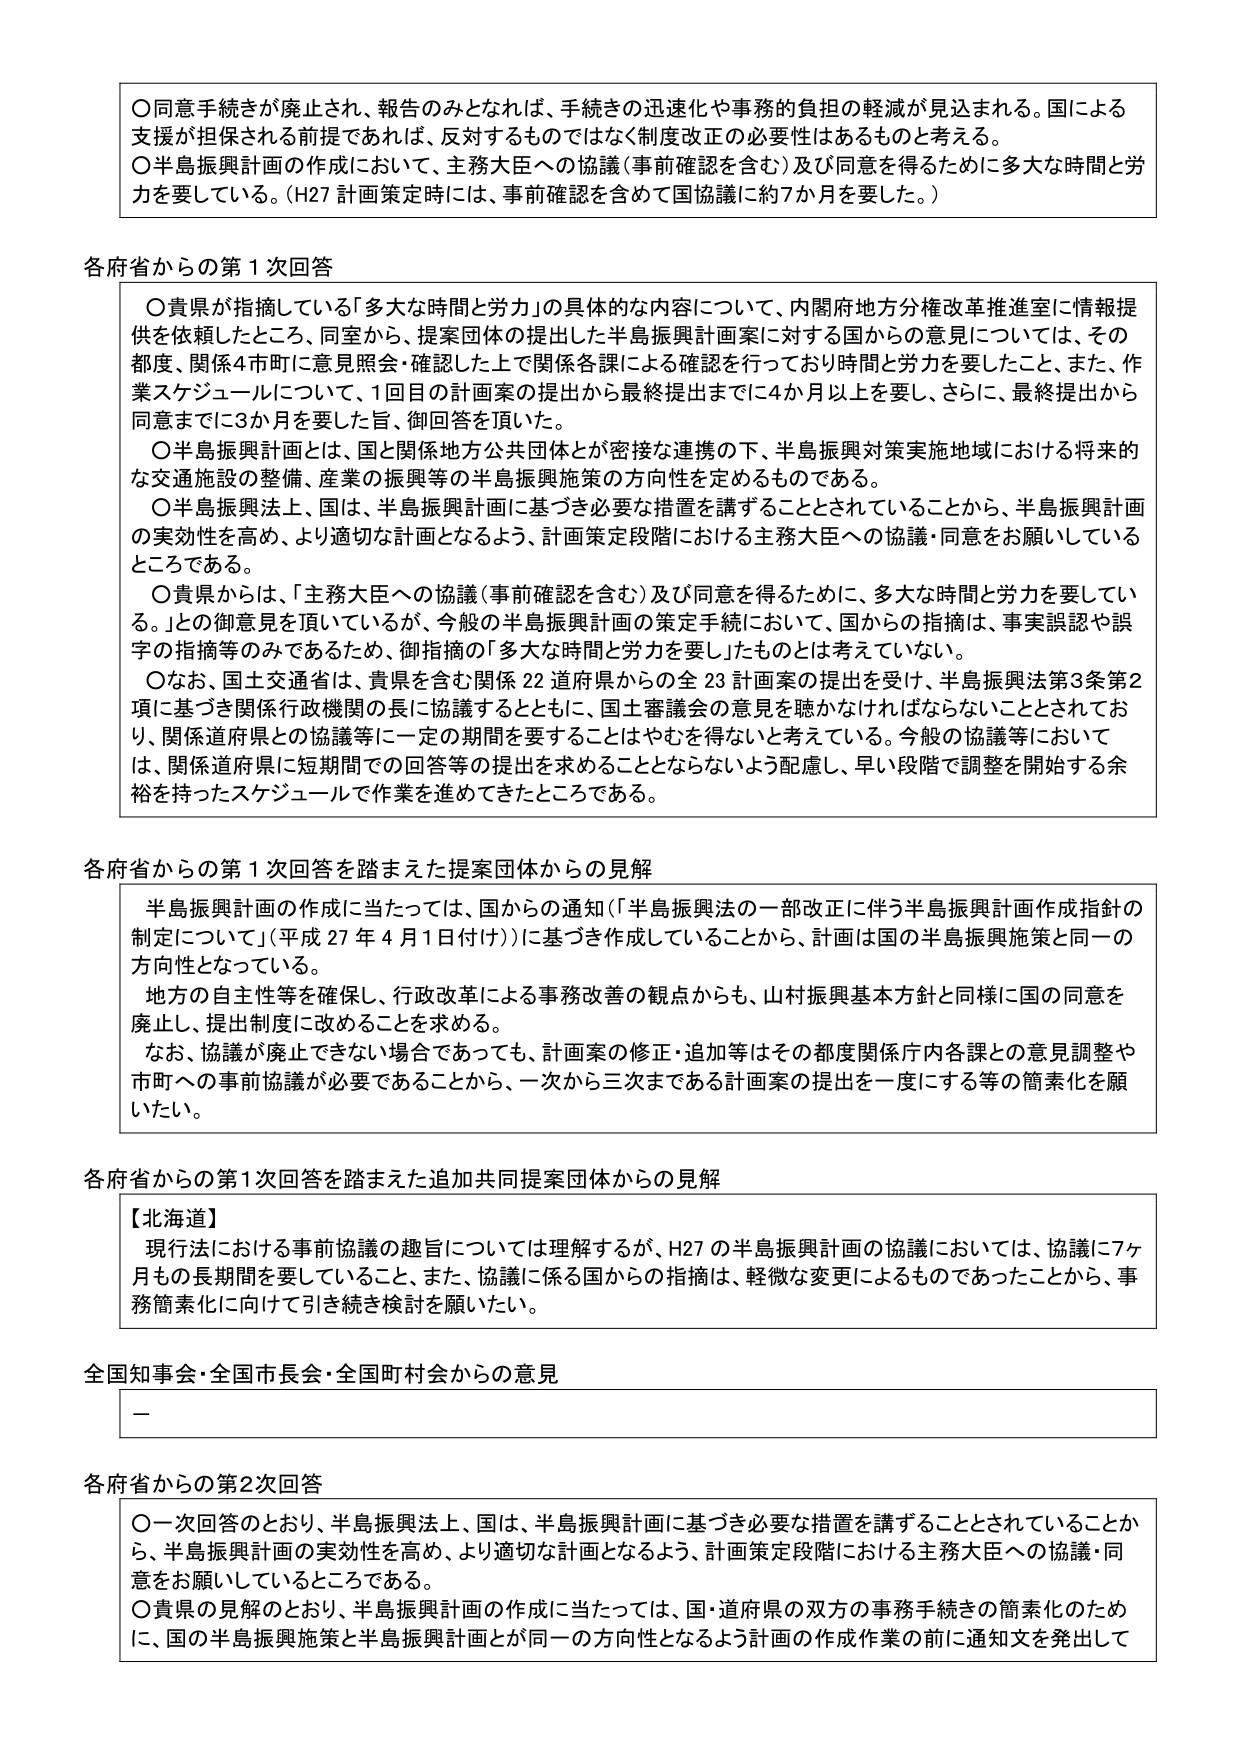
〇同意手続きが廃止され、報告のみとなれば、手続きの迅速化や事務的負担の軽減が見込まれる。国による支援が担保される前提であれば、反対するものではなく制度改正の必要性はあるものと考える。
〇半島振興計画の作成において、主務大臣への協議（事前確認を含む）及び同意を得るために多大な時間と労力を要している。（H27 計画策定時には、事前確認を含めて国協議に約7か月を要した。）

各府省からの第1次回答
〇貴県が指摘している「多大な時間と労力」の具体的な内容について、内閣府地方分権改革推進室に情報提供を依頼したところ、同室から、提案団体の提出した半島振興計画案に対する国からの意見については、その都度、関係4市町に意見照会・確認した上で関係各課による確認を行っており時間と労力を要したこと、また、作業スケジュールについて、1回目の計画案の提出から最終提出までに4か月以上を要し、さらに、最終提出から同意までに3か月を要した旨、御回答を頂いた。
〇半島振興計画とは、国と関係地方公共団体とが密接な連携の下、半島振興対策実施地域における将来的な交通施設の整備、産業の振興等の半島振興施策の方向性を定めるものである。
〇半島振興法上、国は、半島振興計画に基づき必要な措置を講ずることとされていることから、半島振興計画の実効性を高め、より適切な計画となるよう、計画策定段階における主務大臣への協議・同意をお願いしているところである。
〇貴県からは、「主務大臣への協議（事前確認を含む）及び同意を得るために、多大な時間と労力を要している。」との御意見を頂いているが、今般の半島振興計画の策定手続において、国からの指摘は、事実誤認や誤字の指摘等のみであるため、御指摘の「多大な時間と労力を要し」たものとは考えていない。
〇なお、国土交通省は、貴県を含む関係22道府県からの全23計画案の提出を受け、半島振興法第3条第2項に基づき関係行政機関の長に協議するとともに、国土審議会の意見を聴かなければならないこととされており、関係道府県との協議等に一定の期間を要することはやむを得ないと考えている。今般の協議等においては、関係道府県に短期間での回答等の提出を求めることとならないよう配慮し、早い段階で調整を開始する余裕を持ったスケジュールで作業を進めてきたところである。

各府省からの第1次回答を踏まえた提案団体からの見解
半島振興計画の作成に当たっては、国からの通知（「半島振興法の一部改正に伴う半島振興計画作成指針の制定について」（平成27年4月1日付け））に基づき作成していることから、計画は国の半島振興施策と同一の方向性となっている。
地方の自主性等を確保し、行政改革による事務改善の観点からも、山村振興基本方針と同様に国の同意を廃止し、提出制度に改めることを求める。
なお、協議が廃止できない場合であっても、計画案の修正・追加等はその都度関係庁内各課との意見調整や市町への事前協議が必要であることから、一次から三次まである計画案の提出を一度にする等の簡素化を願いたい。

各府省からの第1次回答を踏まえた追加共同提案団体からの見解
【北海道】
現行法における事前協議の趣旨については理解するが、H27の半島振興計画の協議においては、協議に7ヶ月もの長期間を要していること、また、協議に係る国からの指摘は、軽微な変更によるものであったことから、事務簡素化に向けて引き続き検討を願いたい。

全国知事会・全国市長会・全国町村会からの意見
－

各府省からの第2次回答
〇一次回答のとおり、半島振興法上、国は、半島振興計画に基づき必要な措置を講ずることとされていることから、半島振興計画の実効性を高め、より適切な計画となるよう、計画策定段階における主務大臣への協議・同意をお願いしているところである。
〇貴県の見解のとおり、半島振興計画の作成に当たっては、国・道府県の双方の事務手続きの簡素化のために、国の半島振興施策と半島振興計画とが同一の方向性となるよう計画の作成作業の前に通知文を発出して